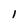
Character: l